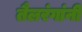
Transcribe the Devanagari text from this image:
तैलरंगांनी